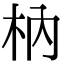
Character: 枘